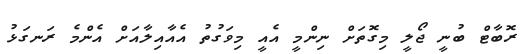
ރޮބާޓް ބުނީ ޖޯލީ މިގޮތަށް ނިންމީ އެއީ މިވަގުތު އެއާއިލާއަށް އެންމެ ރަނގަޅު